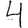
Digit: 4